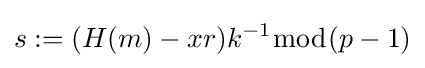
s:=(H(m)-xr)k^{-1}{\bmod {(}}p-1)